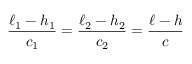
\frac { \ell _ { 1 } - h _ { 1 } } { c _ { 1 } } = \frac { \ell _ { 2 } - h _ { 2 } } { c _ { 2 } } = \frac { \ell - h } { c }